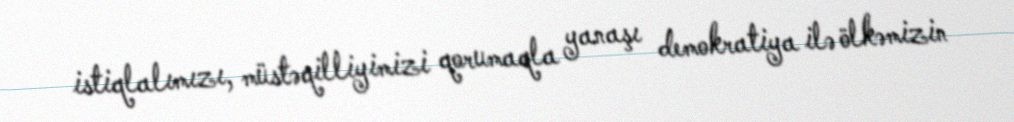
istiqlalımızı, müstəqilliyimizi qorumaqla yanaşı demokratiya ilə ölkəmizin